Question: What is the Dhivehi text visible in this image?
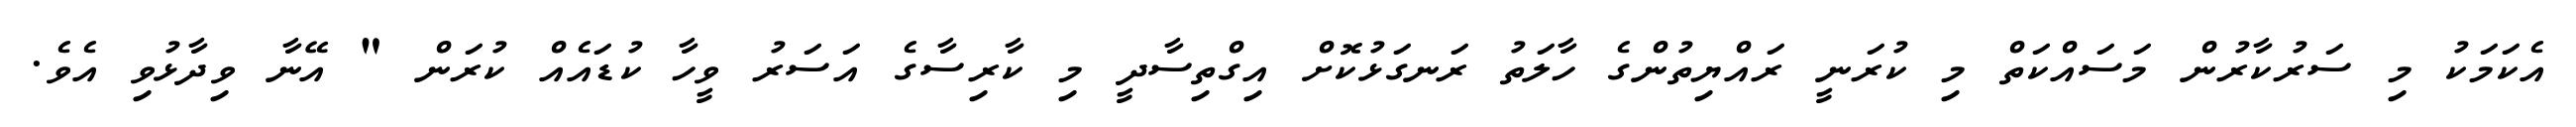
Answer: އެކަމަކު މި ސަރުކާރުން މަސައްކަތް މި ކުރަނީ ރައްޔިތުންގެ ހާލަތު ރަނގަޅުކޮށް އިގްތިސާދީ މި ކާރިސާގެ އަސަރު ވީހާ ކުޑައެއް ކުރަން " އޭނާ ވިދާޅުވި އެވެ.